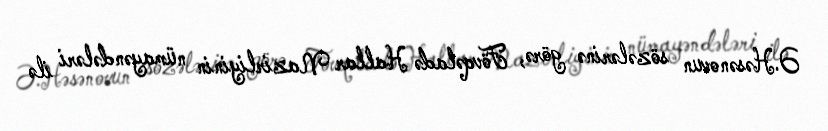
Ə.Həsənovun sözələrinə görə, Fövqəladə Hallar Nazirliyinin nümayəndələri ilə